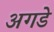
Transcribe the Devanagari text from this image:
अगडे